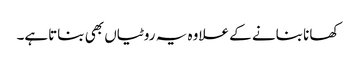
کھانا بنانے کے علاوہ یہ روٹیاں بھی بناتاہے۔